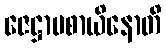
ဇေဋ္ဌာပစာယိနောတိ